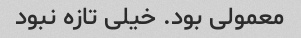
معمولی بود. خیلی تازه نبود